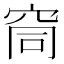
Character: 䆚